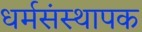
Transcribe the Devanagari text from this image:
धर्मसंस्थापक